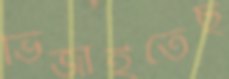
ভিজাইতেছ